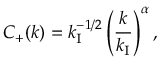
C _ { + } ( k ) = k _ { \mathrm { I } } ^ { - 1 / 2 } \left( \frac { k } { k _ { \mathrm { I } } } \right) ^ { \alpha } ,